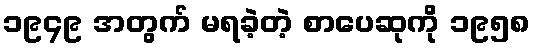
၁၉၄၉ အတွက် မရခဲ့တဲ့ စာပေဆုကို ၁၉၅၈